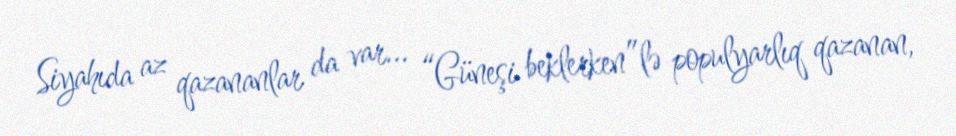
Siyahıda az qazananlar da var... “Güneşi beklerken”lə populyarlıq qazanan,